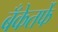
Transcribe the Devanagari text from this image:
बँकेतर्फे